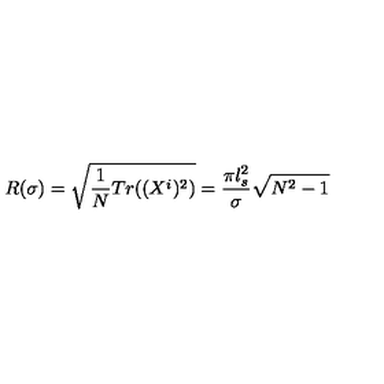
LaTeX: R ( \sigma ) = \sqrt { \frac { 1 } { N } T r ( ( X ^ { i } ) ^ { 2 } ) } = \frac { \pi l _ { s } ^ { 2 } } { \sigma } \sqrt { N ^ { 2 } - 1 }